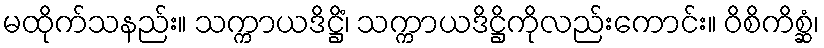
မထိုက်သနည်း။ သက္ကာယဒိဋ္ဌိံ၊ သက္ကာယဒိဋ္ဌိကိုလည်းကောင်း။ ဝိစိကိစ္ဆံ၊